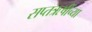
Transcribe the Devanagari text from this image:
सप्तऋषींच्या